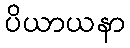
ပိယာယနာ